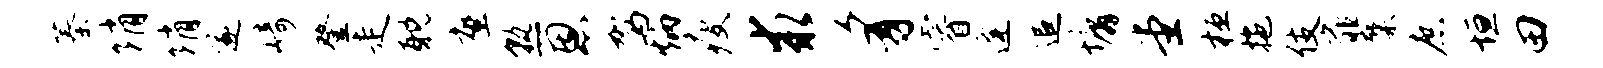
蓁绡绡遂崎登走耽座熟恩驾炳瘦求豸睿逄追墉堂桓拖伎扉麋庶垣田